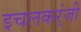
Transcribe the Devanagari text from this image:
इचलकर्ंजी